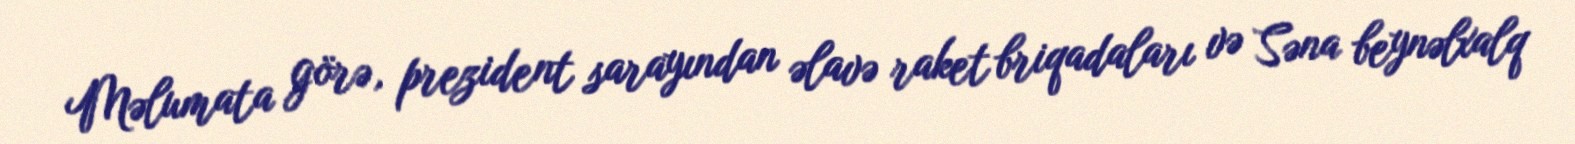
Məlumata görə, prezident sarayından əlavə raket briqadaları və Səna beynəlxalq